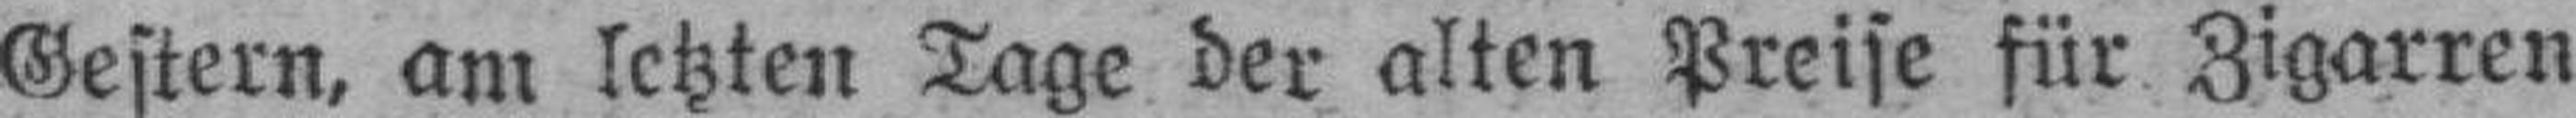
Gestern, am letzten Tage der alten Preise für Zigarren